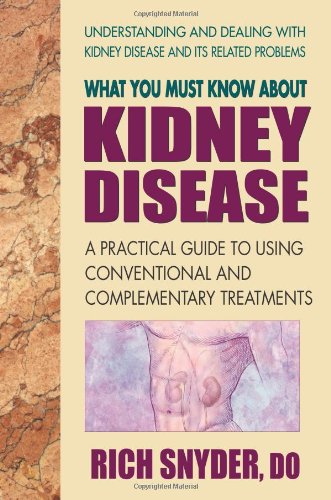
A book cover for What You Must Know About Kidney Disease: A Practical Guide to Using Conventional and Complementary Treatments; Rich Snyder; Health, Fitness & Dieting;